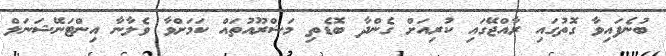
ބުނެފައިވާ ގޮތުގައި ރާއްޖޭގައި ކުރިއަށް ގެންދާ ބޮޑެތި މަޝްރޫއުތައް ކަމަށްވާ ވެލާނާ އިންޓަނޭޝަނަލް